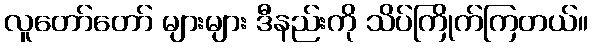
လူတော်တော် များများ ဒီနည်းကို သိပ်ကြိုက်ကြတယ်။